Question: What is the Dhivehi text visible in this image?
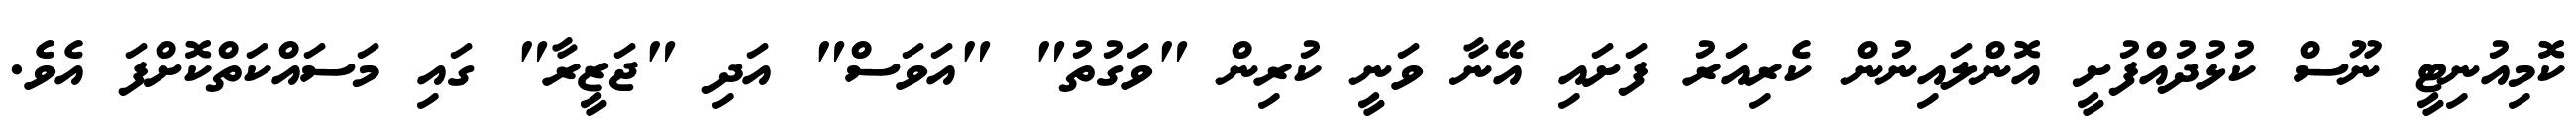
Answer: ކޮމިއުނިޓީ ނޫސް ކުޅުދުއްފުށީ އޮންލައިނުން ކެރިއަރު ފަށައި އޭނާ ވަނީ ކުރިން "ވަގުތު" "އަވަސް" އަދި "ޖަޒީރާ" ގައި މަސައްކަތްކޮށްފަ އެވެ.